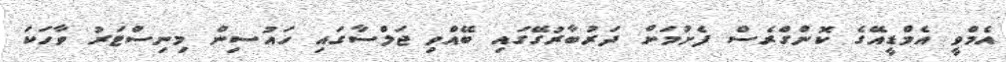
އެމްވީ އެމްޑީއޭގެ ކޮންގްރެސް ފެށުމަށް ދަރުބާރުގޭގައި ބޭއްވި ޖަލްސާގައި ހައުސިން މިނިސްޓަރު ވާހަކަ